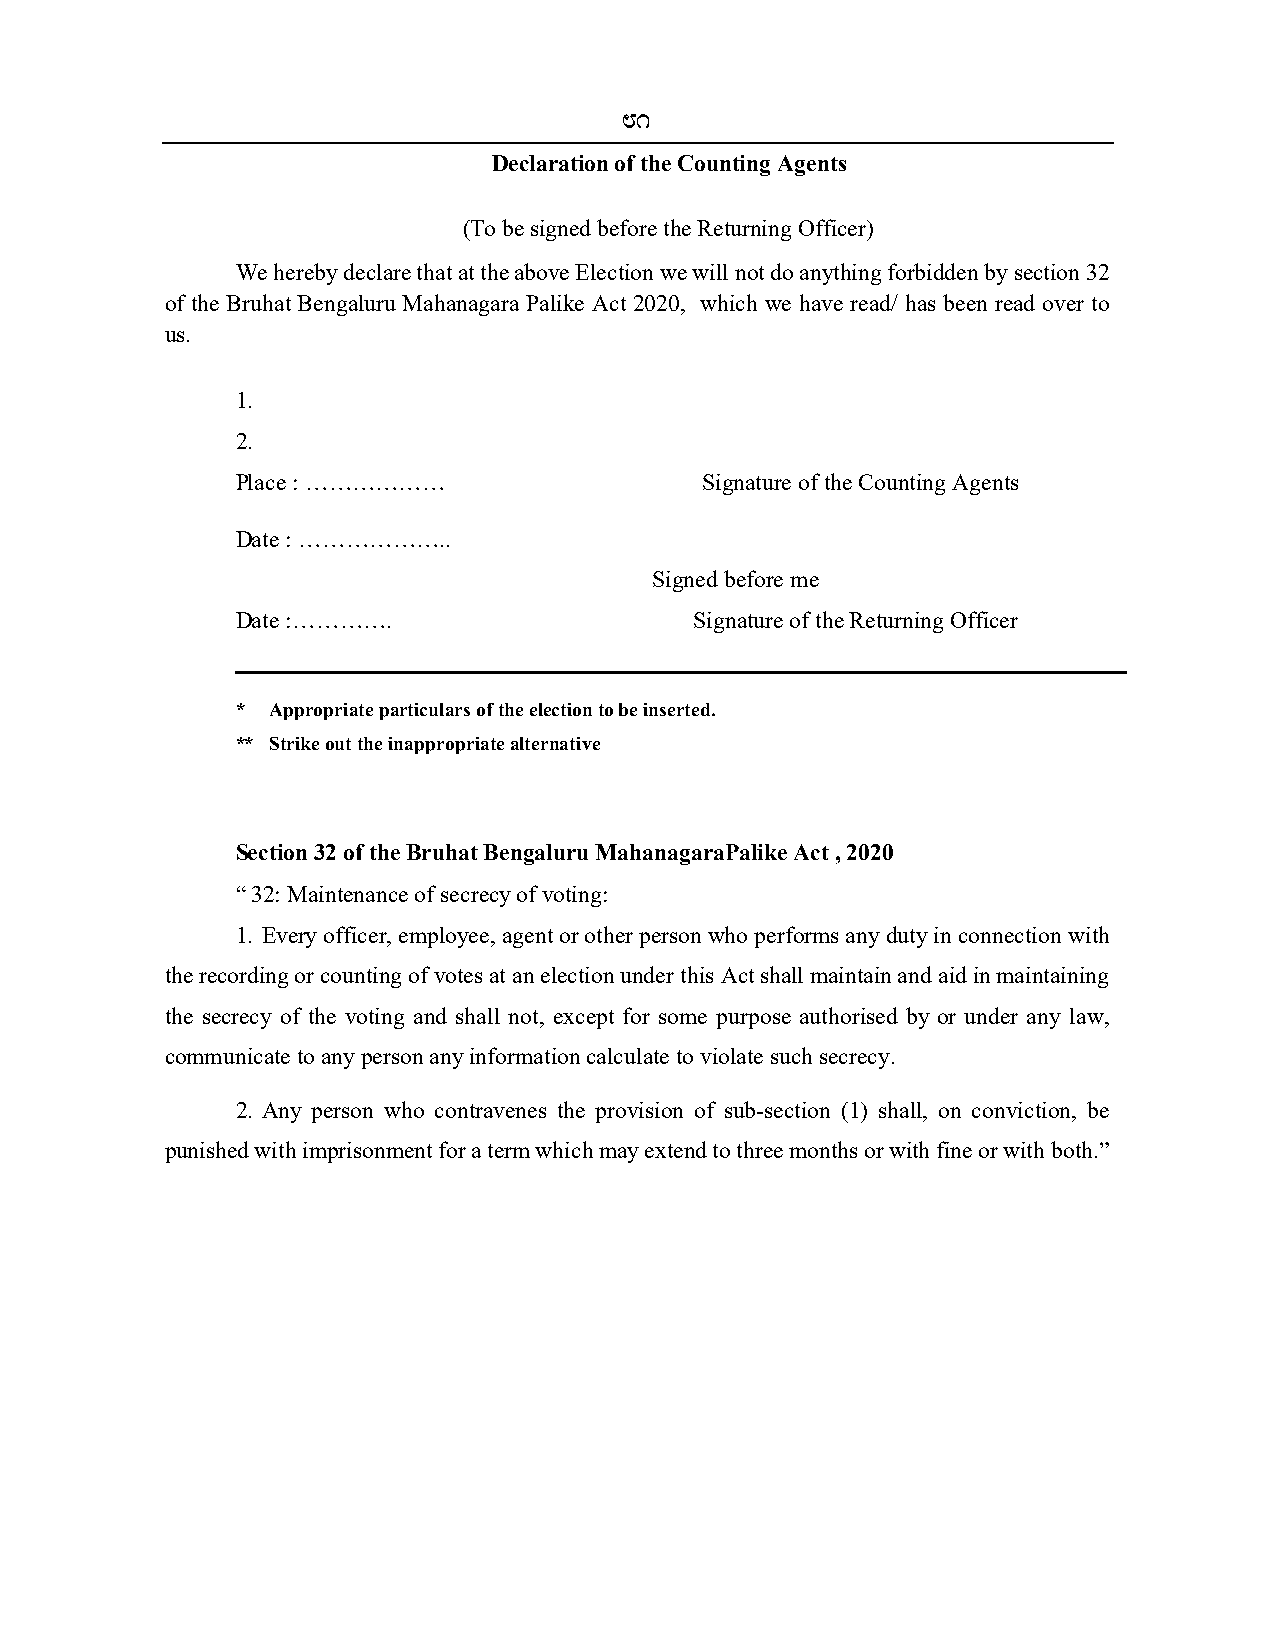
81
 Declaration of the Counting Agents
 (To be signed before the Returning Officer)
 We hereby declare that at the above Election we will not do anything forbidden by section 32
 of the Bruhat Bengaluru Mahanagara Palike Act 2020, which we have read/ has been read over to
 us.
 1.
 2.
 Place : ………………                 Signature of the Counting Agents
 Date : ………………..
 Signed before me
 Date :………….                   Signature of the Returning Officer
 * Appropriate particulars of the election to be inserted.
 ** Strike out the inappropriate alternative
 Section 32 of the Bruhat Bengaluru MahanagaraPalike Act , 2020
 “ 32: Maintenance of secrecy of voting:
 1. Every officer, employee, agent or other person who performs any duty in connection with
 the recording or counting of votes at an election under this Act shall maintain and aid in maintaining
 the secrecy of the voting and shall not, except for some purpose authorised by or under any law,
 communicate to any person any information calculate to violate such secrecy.
 2. Any person who contravenes the provision of sub-section (1) shall, on conviction, be
 punished with imprisonment for a term which may extend to three months or with fine or with both.”